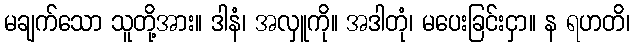
မချက်သော သူတို့အား။ ဒါနံ၊ အလှူကို။ အဒါတုံ၊ မပေးခြင်းငှာ။ န ရဟတိ၊